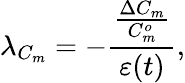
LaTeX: \lambda_{C_{m}}=-\frac{\frac{\Delta C_{m}}{C_{m}^{o}}}{\varepsilon(t)},